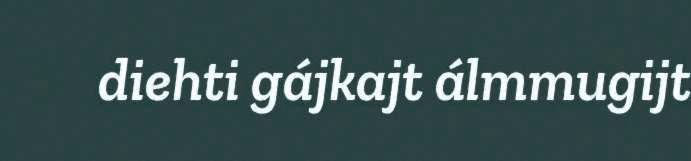
diehti gájkajt álmmugijt